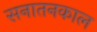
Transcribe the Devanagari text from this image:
सनातनकाल